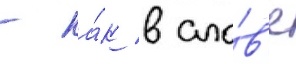
- ка́к в сло́в'е